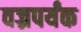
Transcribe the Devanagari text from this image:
वज्रपर्यंक